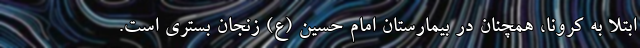
ابتلا به کرونا، همچنان در بیمارستان امام حسین (ع) زنجان بستری است.